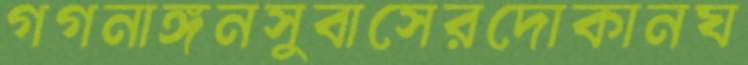
গগনাঙ্গনসুবাসেরদোকানঘ